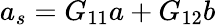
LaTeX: a_{s}=G_{11}a+G_{12}b